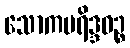
သောကပရိဒ္ဒဝဉ္စ